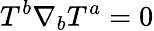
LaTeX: T^{b}\nabla_{b}T^{a}=0